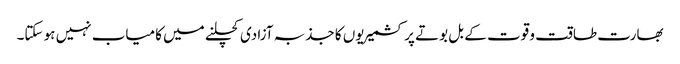
بھارت طاقت و قوت کے بل بوتے پر کشمیریوں کا جذبہ آزادی کچلنے میں کامیاب نہیں ہو سکتا۔